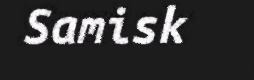
Samisk